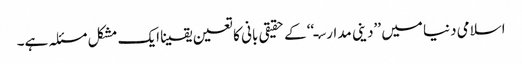
اسلامی دنیا میں ’’دینی مدارسـ‘‘ کے حقیقی بانی کا تعین یقینا ایک مشکل مسئلہ ہے۔